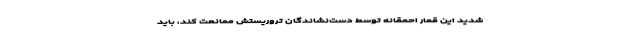
شدید این قمار احمقانه توسط دست‌نشاندگان تروریستش ممانعت کند، باید